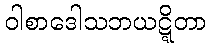
ဝါစာဒေါသဘယဋ္ဋိတာ